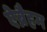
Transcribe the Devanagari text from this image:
ऐब्रैहम